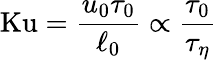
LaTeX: \mathrm{Ku}=\frac{u_{0}\tau_{0}}{\ell_{0}}\propto\frac{\tau_{0}}{\tau_{\eta}}